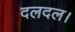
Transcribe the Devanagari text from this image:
दलदल।